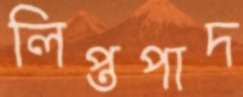
লিপ্তপাদ